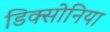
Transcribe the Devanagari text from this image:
डिक्सोनिया